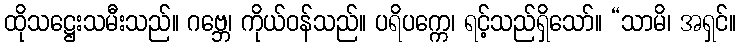
ထိုသဋ္ဌေးသမီးသည်။ ဂဗ္ဘေ၊ ကိုယ်ဝန်သည်။ ပရိပက္ကေ၊ ရင့်သည်ရှိသော်။ “သာမိ၊ အရှင်။